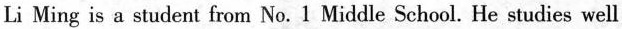
Li Ming is a student from No.1 Middle School. He studies well